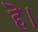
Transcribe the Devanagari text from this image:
हॆ।